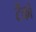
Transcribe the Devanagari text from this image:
टेंको